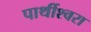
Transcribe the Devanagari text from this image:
पार्थीश्‍वरा